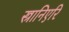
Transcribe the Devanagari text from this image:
स्त्रानिएरि